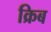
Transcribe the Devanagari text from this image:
क्रिब